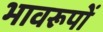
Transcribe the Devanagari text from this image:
भावरूपों